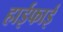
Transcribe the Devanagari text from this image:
हाईफाई